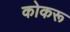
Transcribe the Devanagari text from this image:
कोकरू